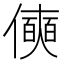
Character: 𰂾